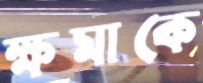
ক্ষমাকে